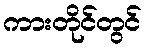
ကားတိုင်တွင်